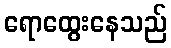
ရောထွေးနေသည်